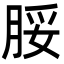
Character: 脮